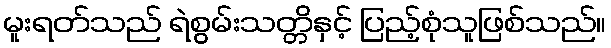
မူးရတ်သည် ရဲစွမ်းသတ္တိနှင့် ပြည့်စုံသူဖြစ်သည်။